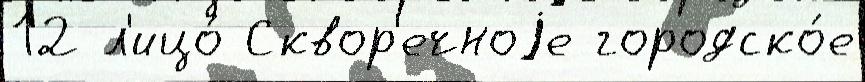
12 л'ицо́ Сквор'ечноjе городско́е